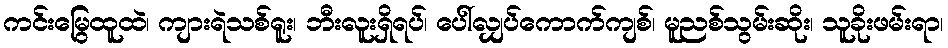
ကင်းမြွေထူထဲ၊ ကျားရဲသစ်ရူး၊ ဘီးလူးရှိရပ်၊ ပေါ်လျှပ်ကောက်ကျစ်၊ မူညစ်သွမ်းဆိုး၊ သူခိုးဖမ်းရာ၊